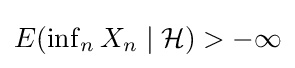
\textstyle E(\inf _{n}X_{n}\mid {\mathcal {H}})>-\infty